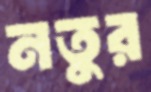
নতুর